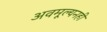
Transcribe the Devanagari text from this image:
अवमूल्यनही